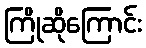
ကြိုဆိုကြောင်း